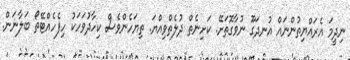
ނިދީމަ އެރައްޔިތުންނައް އުނދަގޫ ނުވާގޮތަށޭ. ކަށިނެތް ދުލެތްވިއްޔަ. ތިޔަހެންވެސް ކިހާދުވަހަކު ހިފެހެއްޓޭތޯ ބަލާނަން.